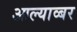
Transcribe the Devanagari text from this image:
आल्याव्बर